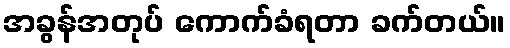
အခွန်အတုပ် ကောက်ခံရတာ ခက်တယ်။